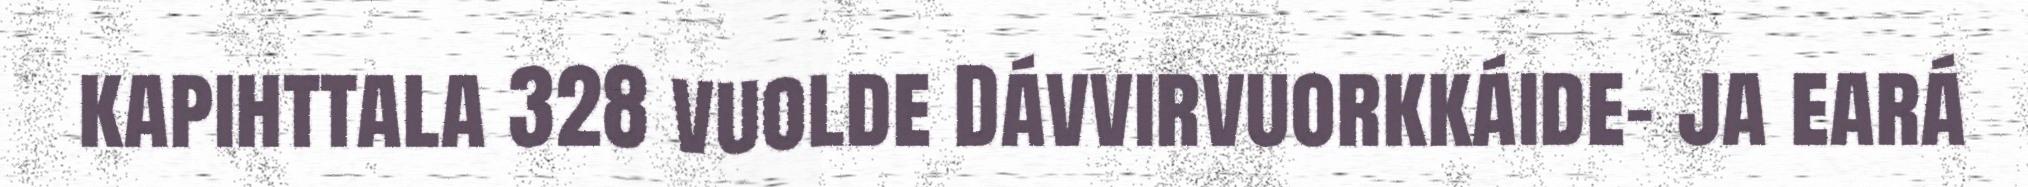
kapihttala 328 vuolde Dávvirvuorkkáide- ja eará